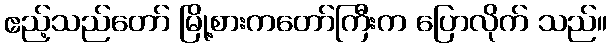
ဧည့်သည်တော် မြို့စားကတော်ကြီးက ပြောလိုက် သည်။